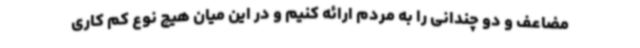
مضاعف و دو چندانی را به مردم ارائه کنیم و در این میان هیچ نوع کم کاری